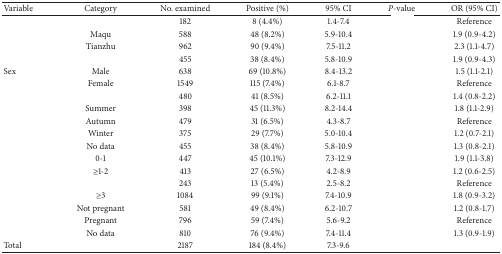
<table><thead><tr><td><b>Variable</b></td><td><b>Category</b></td><td><b>No. examined</b></td><td><b>Positive (%)</b></td><td><b>95% CI</b></td><td><b><i>P</i>-value</b></td><td><b>OR (95% CI)</b></td></tr></thead><tbody><tr><td>[EMPTY_CELL]</td><td>[EMPTY_CELL]</td><td>182</td><td>8 (4.4%)</td><td>1.4-7.4</td><td>[EMPTY_CELL]</td><td>Reference</td></tr><tr><td>[EMPTY_CELL]</td><td>Maqu</td><td>588</td><td>48 (8.2%)</td><td>5.9-10.4</td><td>[EMPTY_CELL]</td><td>1.9 (0.9-4.2)</td></tr><tr><td>[EMPTY_CELL]</td><td>Tianzhu</td><td>962</td><td>90 (9.4%)</td><td>7.5-11.2</td><td>[EMPTY_CELL]</td><td>2.3 (1.1-4.7)</td></tr><tr><td>[EMPTY_CELL]</td><td>[EMPTY_CELL]</td><td>455</td><td>38 (8.4%)</td><td>5.8-10.9</td><td>[EMPTY_CELL]</td><td>1.9 (0.9-4.3)</td></tr><tr><td>Sex</td><td>Male</td><td>638</td><td>69 (10.8%)</td><td>8.4-13.2</td><td>[EMPTY_CELL]</td><td>1.5 (1.1-2.1)</td></tr><tr><td>[EMPTY_CELL]</td><td>Female</td><td>1549</td><td>115 (7.4%)</td><td>6.1-8.7</td><td>[EMPTY_CELL]</td><td>Reference</td></tr><tr><td>[EMPTY_CELL]</td><td>[EMPTY_CELL]</td><td>480</td><td>41 (8.5%)</td><td>6.2-11.1</td><td>[EMPTY_CELL]</td><td>1.4 (0.8-2.2)</td></tr><tr><td>[EMPTY_CELL]</td><td>Summer</td><td>398</td><td>45 (11.3%)</td><td>8.2-14.4</td><td>[EMPTY_CELL]</td><td>1.8 (1.1-2.9)</td></tr><tr><td>[EMPTY_CELL]</td><td>Autumn</td><td>479</td><td>31 (6.5%)</td><td>4.3-8.7</td><td>[EMPTY_CELL]</td><td>Reference</td></tr><tr><td>[EMPTY_CELL]</td><td>Winter</td><td>375</td><td>29 (7.7%)</td><td>5.0-10.4</td><td>[EMPTY_CELL]</td><td>1.2 (0.7-2.1)</td></tr><tr><td>[EMPTY_CELL]</td><td>No data</td><td>455</td><td>38 (8.4%)</td><td>5.8-10.9</td><td>[EMPTY_CELL]</td><td>1.3 (0.8-2.1)</td></tr><tr><td>[EMPTY_CELL]</td><td>0-1</td><td>447</td><td>45 (10.1%)</td><td>7.3-12.9</td><td>[EMPTY_CELL]</td><td>1.9 (1.1-3.8)</td></tr><tr><td>[EMPTY_CELL]</td><td>≥1-2</td><td>413</td><td>27 (6.5%)</td><td>4.2-8.9</td><td>[EMPTY_CELL]</td><td>1.2 (0.6-2.5)</td></tr><tr><td>[EMPTY_CELL]</td><td>[EMPTY_CELL]</td><td>243</td><td>13 (5.4%)</td><td>2.5-8.2</td><td>[EMPTY_CELL]</td><td>Reference</td></tr><tr><td>[EMPTY_CELL]</td><td>≥3</td><td>1084</td><td>99 (9.1%)</td><td>7.4-10.9</td><td>[EMPTY_CELL]</td><td>1.8 (0.9-3.2)</td></tr><tr><td>[EMPTY_CELL]</td><td>Not pregnant</td><td>581</td><td>49 (8.4%)</td><td>6.2-10.7</td><td>[EMPTY_CELL]</td><td>1.2 (0.8-1.7)</td></tr><tr><td>[EMPTY_CELL]</td><td>Pregnant</td><td>796</td><td>59 (7.4%)</td><td>5.6-9.2</td><td>[EMPTY_CELL]</td><td>Reference</td></tr><tr><td>[EMPTY_CELL]</td><td>No data</td><td>810</td><td>76 (9.4%)</td><td>7.4-11.4</td><td>[EMPTY_CELL]</td><td>1.3 (0.9-1.9)</td></tr><tr><td>Total</td><td>[EMPTY_CELL]</td><td>2187</td><td>184 (8.4%)</td><td>7.3-9.6</td><td>[EMPTY_CELL]</td><td>[EMPTY_CELL]</td></tr></tbody></table>